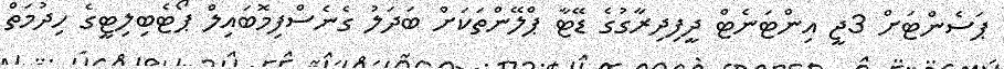
ޕަސެންޓަށް 3ޖީ އިންޓަނެޓް ދީފިދިރާގުގެ ޑޭޓާ ޕްލޭންތަކަށް ބަދަލު ގެނެސްފިމޮބައިލް ޕޯޓެބިލިޓީގެ ހިދުމަތް